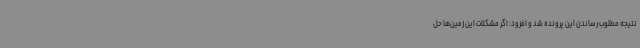
نتیجه مطلوب رساندن این پرونده شد و افزود: اگر مشکلات این زمین‌ها حل